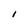
Character: I